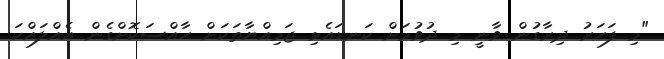
"މި ފަހަރު ދިރާގުން ވާނީ މި ދުވުމަށް ކަނޑައެޅި ޖަމިއްޔާތަކަށް ހާއްސަކޮށްގެން އެއްލައްކަ